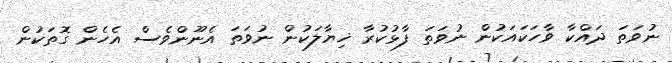
ނުވަތަ ދައްކާ ވާހަކައަކުން ނުވަތަ ފާޅުކުރާ ޚިޔާލަކުން ނުވަތަ އެނޫންވެސް އެހެން ގޮތަކުން